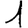
Digit: 1